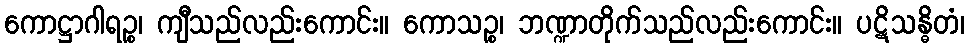
ကောဋ္ဌာဂါရဉ္စ၊ ကျီသည်လည်းကောင်း။ ကောသဉ္စ၊ ဘဏ္ဍာတိုက်သည်လည်းကောင်း။ ပဋိသန္ဓိတံ၊